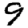
Digit: 9